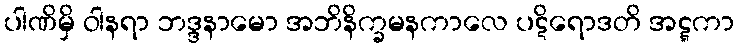
ပါဏိမှိ ဝါနရာ ဘဒ္ဒနာမော အဘိနိက္ခမနကာလေ ပဋိရောဒတိ အဋ္ဋကာ